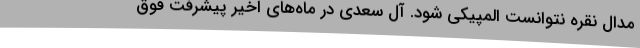
مدال نقره نتوانست المپیکی شود. آل سعدی در ماه‌های اخیر پیشرفت فوق